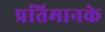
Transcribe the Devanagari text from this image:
प्रतिमानके